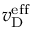
v _ { \mathrm { D } } ^ { \mathrm { e f f } }